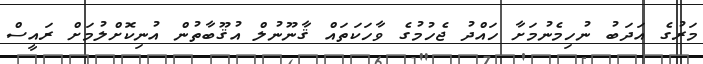
މަރުގެ އަދަބު ނުހިމެނުމަށާ ހައްދު ޖެހުމުގެ ވާހަކަތައް ޤާނޫނުލް އުޤޫބާތުން އުނިކޮށްލުމަށް ރައީސް